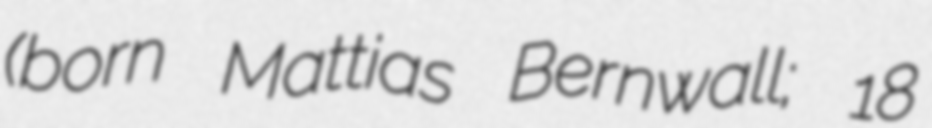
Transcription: (born Mattias Bernwall; 18